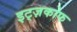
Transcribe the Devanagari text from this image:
इट्ज़कोफ